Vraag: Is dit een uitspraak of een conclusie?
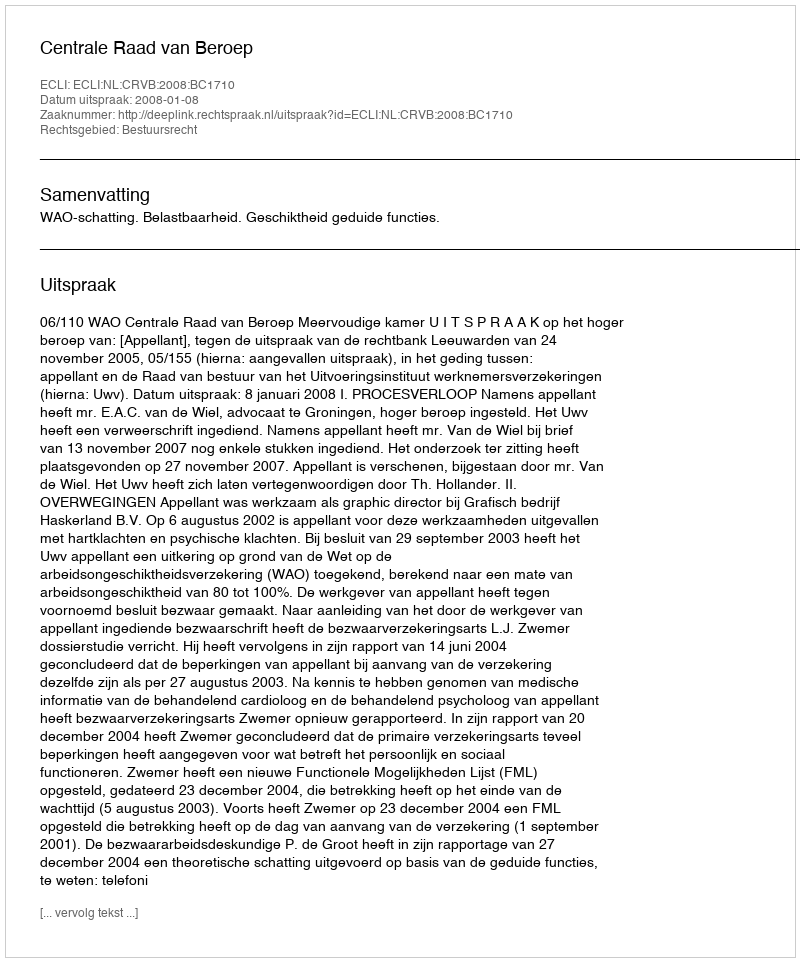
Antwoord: Uitspraak